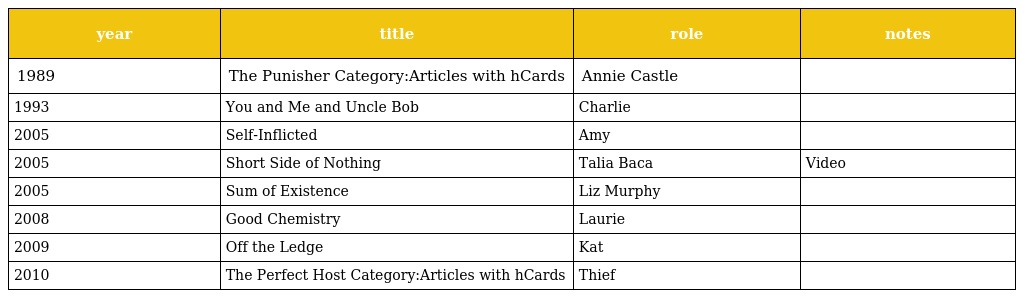
| year | title | role | notes |
 | --- | --- | --- | --- |
 | 1989 | The Punisher Category:Articles with hCards | Annie Castle |  |
 | 1993 | You and Me and Uncle Bob | Charlie |  |
 | 2005 | Self-Inflicted | Amy |  |
 | 2005 | Short Side of Nothing | Talia Baca | Video |
 | 2005 | Sum of Existence | Liz Murphy |  |
 | 2008 | Good Chemistry | Laurie |  |
 | 2009 | Off the Ledge | Kat |  |
 | 2010 | The Perfect Host Category:Articles with hCards | Thief |  |